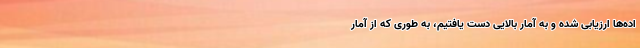
اده‌ها ارزیابی شده و به آمار بالایی دست یافتیم، به طوری که از آمار